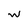
Character: W